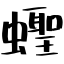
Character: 蟶